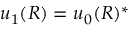
u _ { 1 } ( R ) = u _ { 0 } ( R ) ^ { * }